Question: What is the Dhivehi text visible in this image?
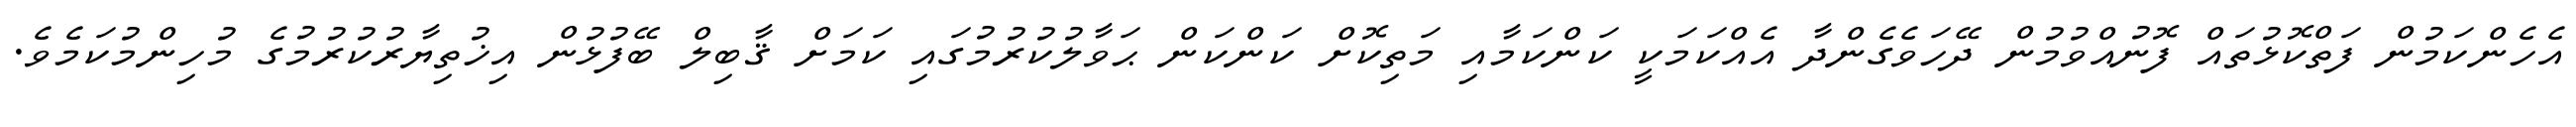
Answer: އެހެންކަމުން ފަތްކޮޅުތައް ފޮނުއްވުމުން ދޭހަވެގެންދާ އެއްކަމަކީ ކަންކަމާއި މަތިކޮށް ކަންކަން ޙަވާލުކުރުމުގައި ކަމަށް ޤާބިލް ބޭފުޅުން އިޚުތިޔާރުކުރުމުގެ މުހިންމުކަމެވެ.